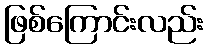
ဖြစ်ကြောင်းလည်း